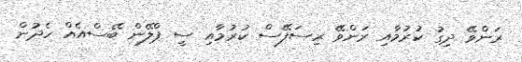
ރަންވޭ ދިގު ކުރުމާއި ރަންވޭ ރިސަފޭސް ކުރުމާއި ސީ ޕްލޭން ބޭސްއެއް ހެދުން